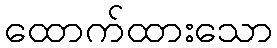
ထောက်ထားသော